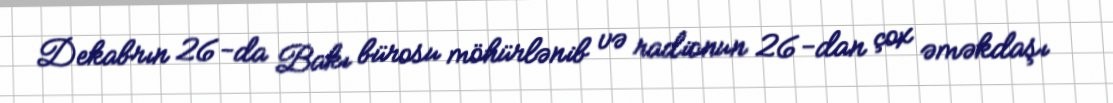
Dekabrın 26-da Bakı bürosu möhürlənib və radionun 26-dan çox əməkdaşı